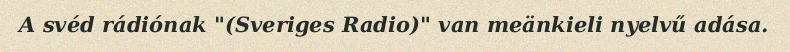
A svéd rádiónak "(Sveriges Radio)" van meänkieli nyelvű adása.